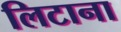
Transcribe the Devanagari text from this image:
लिटाना